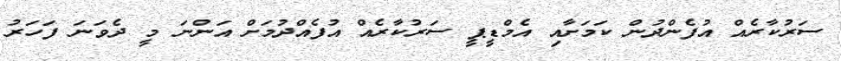
ސަރުކާރެއް އުފެންދުން ކަމަށާއި އެމްޑީޕީ ސަރުކާރެއް އުފެއްދުމަށް އަންނަ މީ ދެވަނަ ފަހަރު